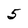
Character: 5